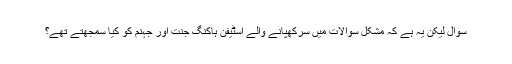
سوال لیکن یہ ہے کہ مشکل سوالات میں سرکھپانے والے اسٹیفن ہاکنگ جنت اور جہنم کو کیا سمجھتے تھے؟